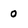
Character: 0